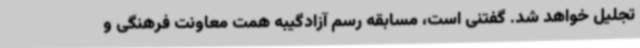
تجلیل خواهد شد. گفتنی است، مسابقه رسم آزادگیبه همت معاونت فرهنگی و